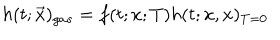
h ( t ; \vec { x } ) _ { g a s } = f ( t ; x ; T ) h ( t ; x , x ) _ { T = 0 }